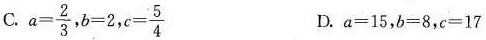
C.$$a = \frac{2}{3}$$,$$6 = 2$$,$$c = \frac{5}{4}$$ D.$$a = 1 5$$,$$b = 8$$,$$c = 1 7$$